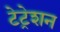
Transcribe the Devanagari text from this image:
टेट्रेशन